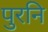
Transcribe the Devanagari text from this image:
पुरनि